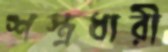
শস্ত্রধারী